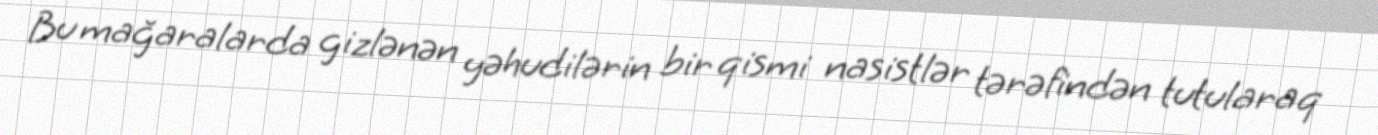
Bu mağaralarda gizlənən yəhudilərin bir qismi nasistlər tərəfindən tutularaq